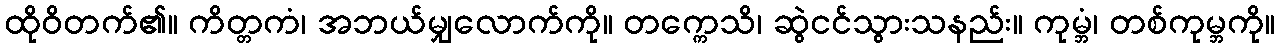
ထိုဝိတက်၏။ ကိတ္တကံ၊ အဘယ်မျှလောက်ကို။ တက္ကေသိ၊ ဆွဲငင်သွားသနည်း။ ကုမ္ဘံ၊ တစ်ကုမ္ဘကို။